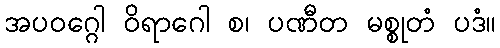
အပဝဂ္ဂေါ ဝိရာဂေါ စ၊ ပဏီတ မစ္စုတံ ပဒံ။